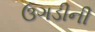
ઉગડીની